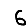
Digit: 6